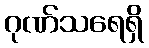
ဂုဏ်သရေရှိ